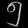
Digit: ၅